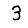
Digit: 3